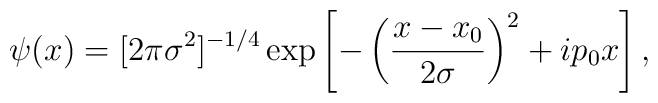
\psi(x) = [2 \pi \sigma^2]^{-1/4}\exp\left[-\left(\frac{x-x_0}{2 \sigma}\right)^2+ip_0x\right],